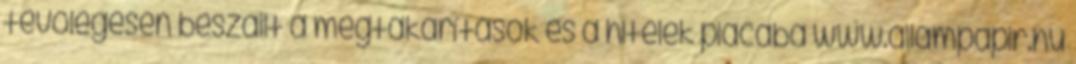
tevőlegesen beszállt a megtakarítások és a hitelek piacába www.allampapir.hu